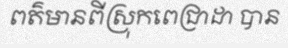
ពត៌មានពីស្រុកពេជ្រាដា បាន